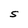
Character: S